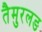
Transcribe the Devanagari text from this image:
तैमुरलङ